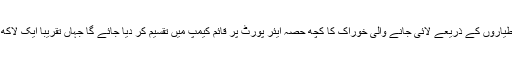
ترجمان نے کہا ہے کہ طیاروں کے ذریعے لائی جانے والی خوراک کا کچھ حصہ ایئر پورٹ پر قائم کیمپ میں تقسیم کر دیا جائے گا جہاں تقریباً ایک لاکھ افراد پناہ لیے ہوئے ہیں۔